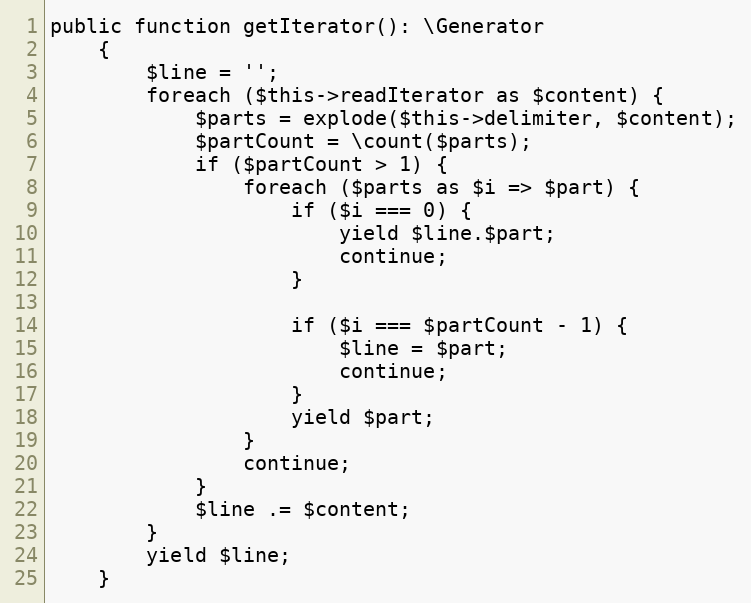
Language: PHP
public function getIterator(): \Generator
    {
        $line = '';
        foreach ($this->readIterator as $content) {
            $parts = explode($this->delimiter, $content);
            $partCount = \count($parts);
            if ($partCount > 1) {
                foreach ($parts as $i => $part) {
                    if ($i === 0) {
                        yield $line.$part;
                        continue;
                    }

                    if ($i === $partCount - 1) {
                        $line = $part;
                        continue;
                    }
                    yield $part;
                }
                continue;
            }
            $line .= $content;
        }
        yield $line;
    }